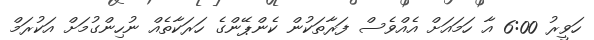
ހަވީރު 6:00 އާ ހަމައަށް އެއްވެސް ފަރާތަކުން ކެންޕޭންގެ ހަރަކާތެއް ނުހިންގުމަށް އަކުރަމް